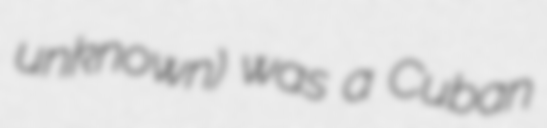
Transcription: unknown) was a Cuban